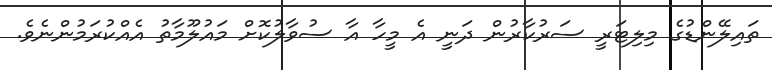
ތައިލޭންޑުގެ މިލިޓަރީ ސަރުކާރުން ދަނީ އެ މީހާ އާ ސުވާލުކޮށް މައުލޫމާތު އެއްކުރަމުންނެވެ.